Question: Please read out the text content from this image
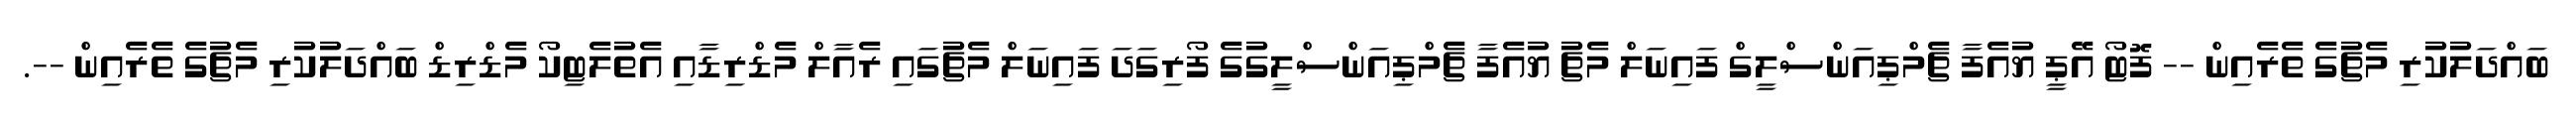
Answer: ބައްދަލުކުރި މެޗުގެ ތެރެއިން -- ފޮޓޯ އޭޕީ ޔުއެފާ ޗެމްޕިއަންސްލީގް ފައިނަލް މެޗު ޔުއެފާ ޗެމްޕިއަންސްލީގުގެ ފޯރިގަދަ ފައިނަލް މެޗުގައި ރެއާލް މެޑްރިޑާއި އެތުލެޓިކޯ މެޑްރިޑް ބައްދަލުކުރި މެޗުގެ ތެރެއިން --.